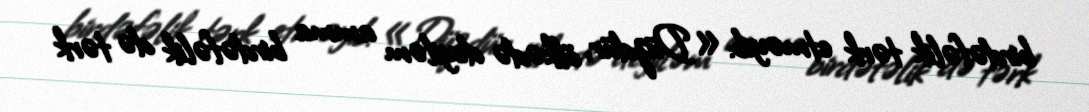
birdəfəlik tərk etməyib: «Düzdür, ölkədə deyiləm amma birdəfəlik də tərk